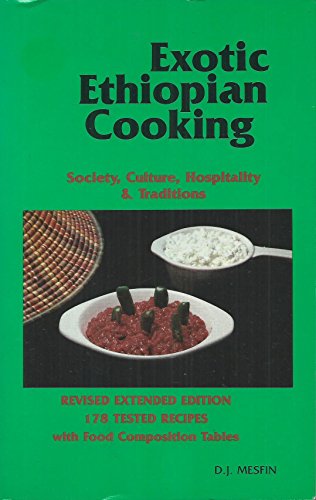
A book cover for Exotic Ethiopian cooking: Society, culture, hospitality & traditions : 178 tested recipes with food composition tables; Daniel J. Mesfin; Cookbooks, Food & Wine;